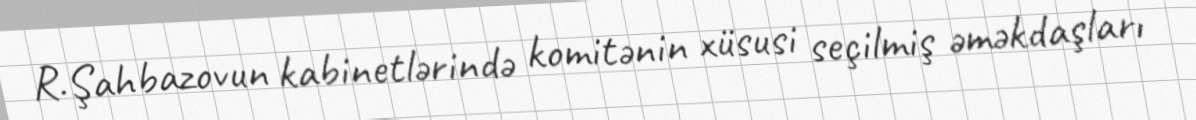
R.Şahbazovun kabinetlərində komitənin xüsusi seçilmiş əməkdaşları